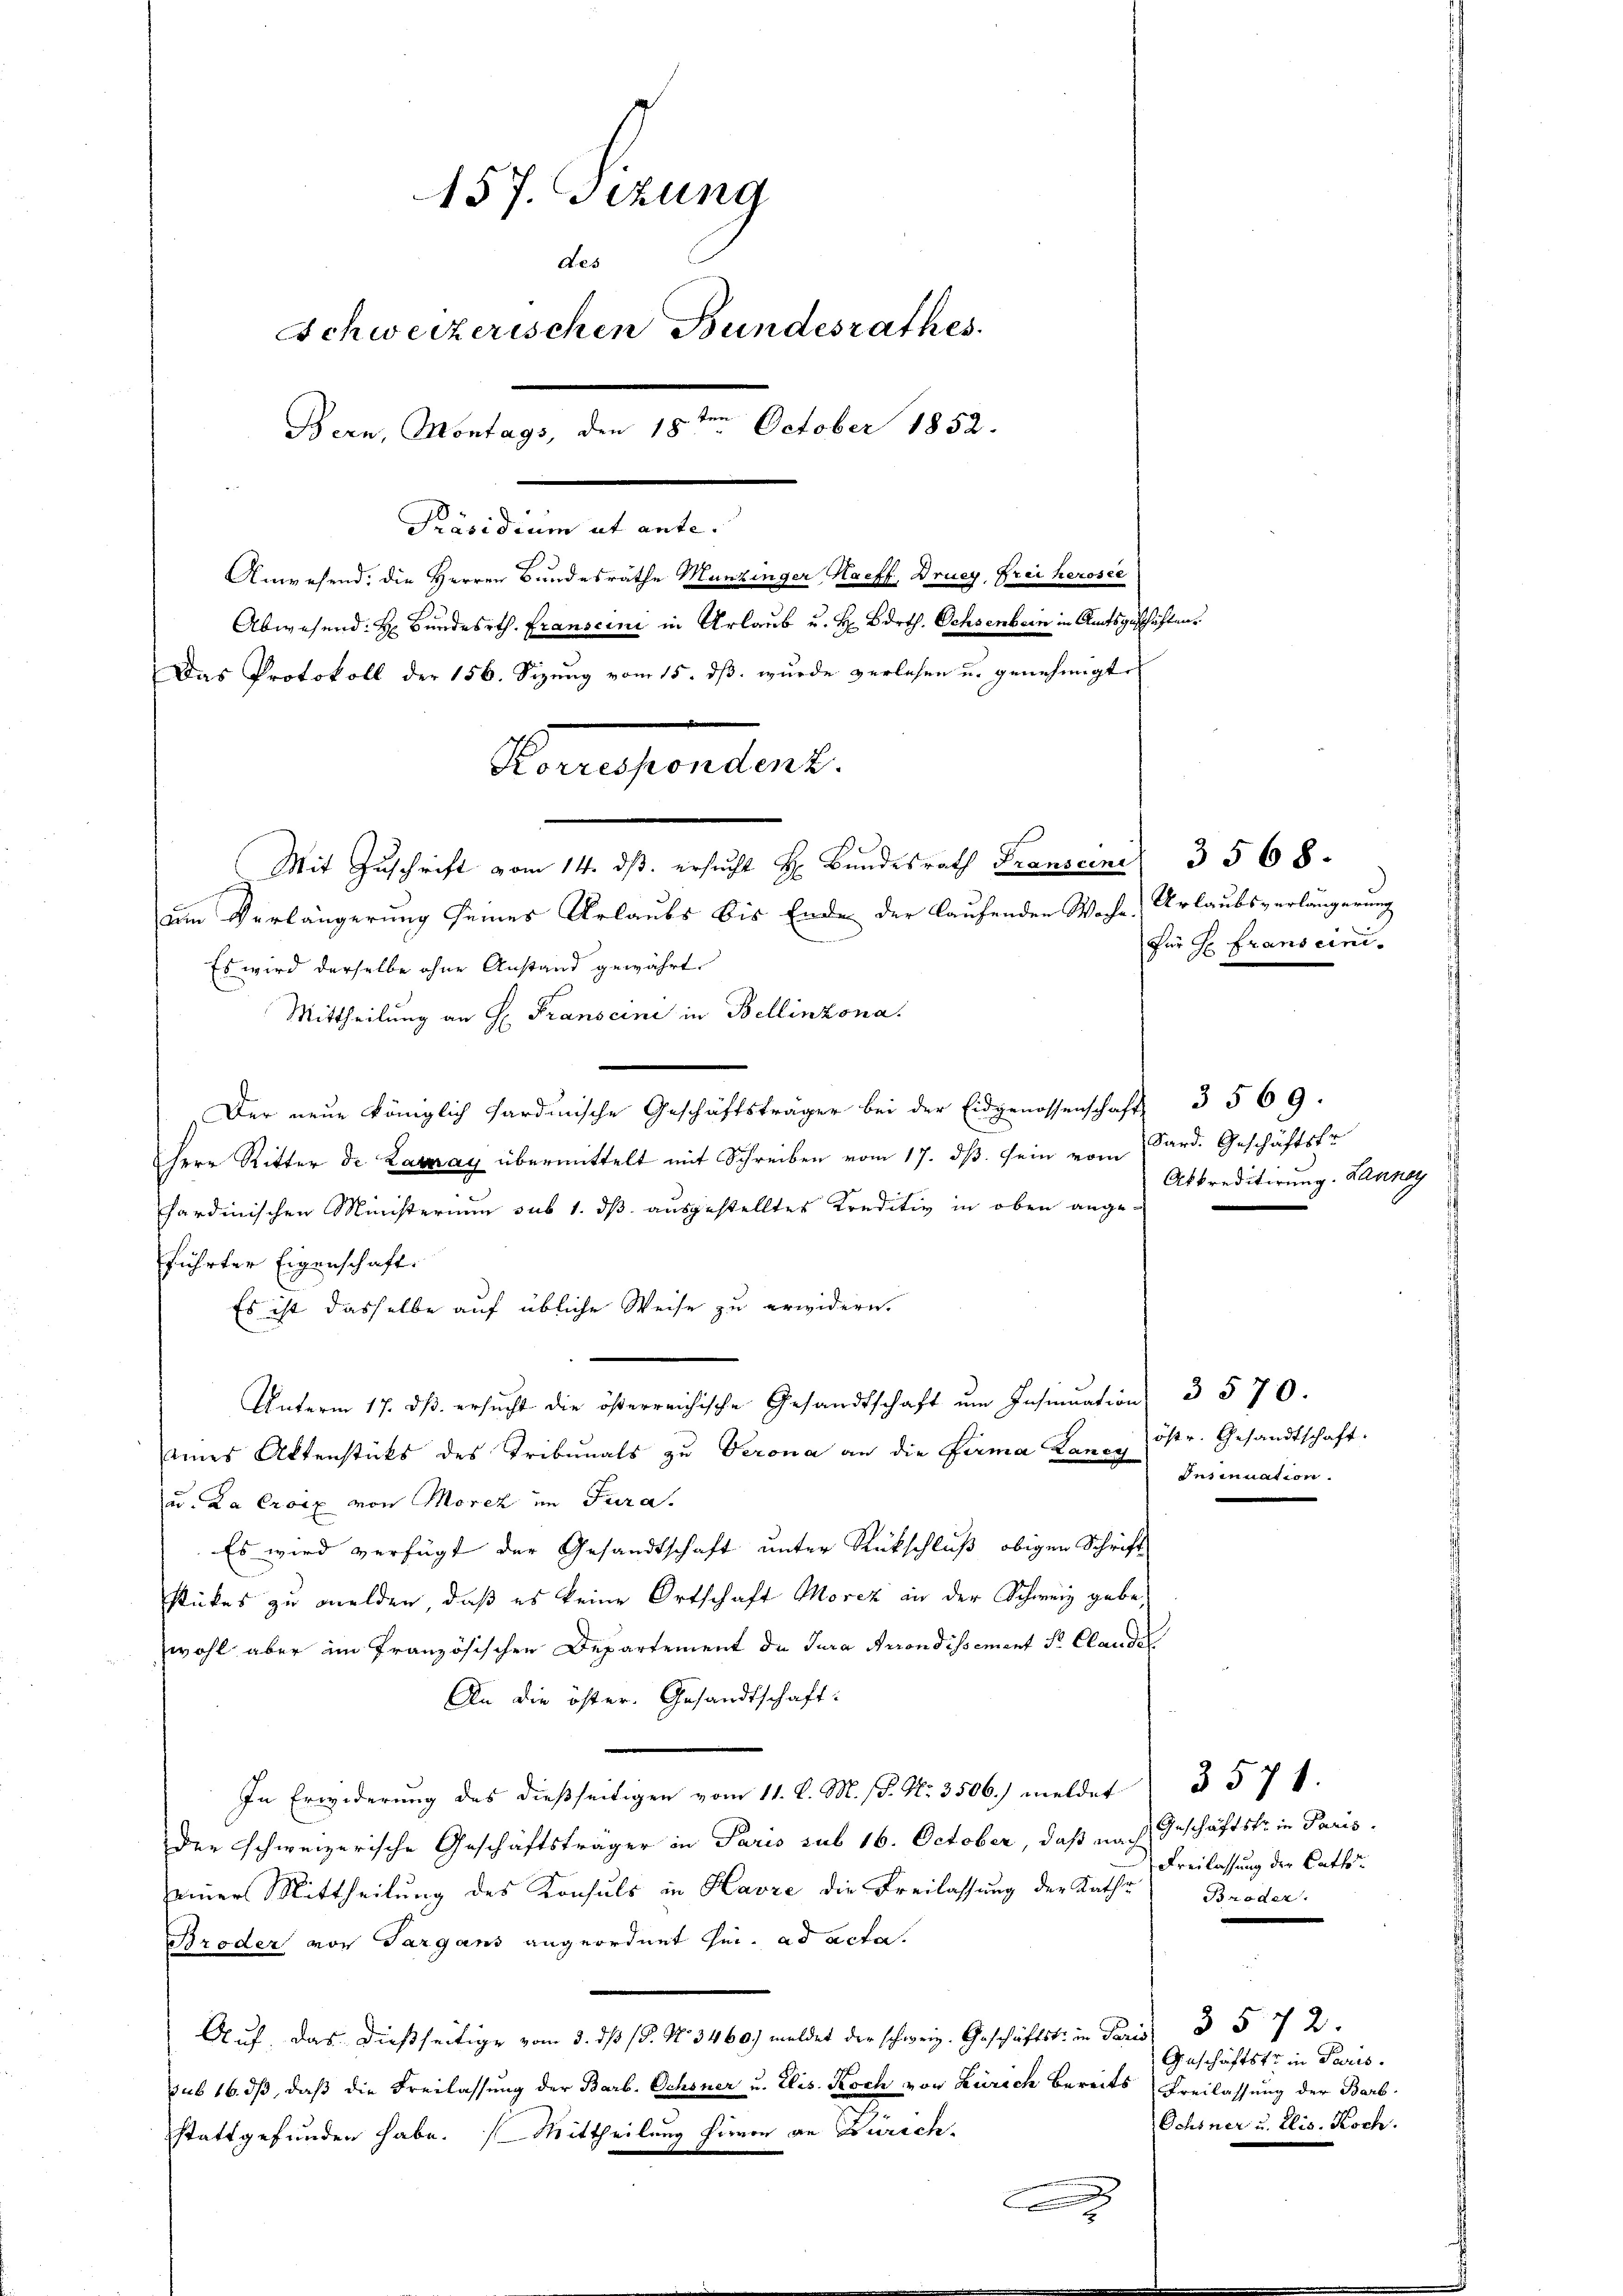
157. Sitzung
des
Schweizerischen Bundesrathes.
Bern, Montags, den 18te͇n October 1852.
Präsidium ut ante.
Anwesend, die Herren Bundesrathe Munzinger Haeff, Druey, Frei herosee
Abwesend: H. Bundesrth. Franscini in Urlaub u. H. Barth. Ochsenbern in Amtsgeschäften.
Das Protokoll der 156. Sizung vom 15. ds. wurde verlesen u. genehmigte

Konsendent.
Mit Zuschrift vom 14. ds. ersucht H. Bundesrath Franscini 3568.
um Verlängerung seines Urlaubs bis Ende der laufenden Woche Urlaubsverlängerung
Es wird derselbe ohne Anstand gewährt.

Mittheilung an H: Franscini in Bellinzona.
Der neŭe königlich hardinische Geschäftsträger bei der Eidgenossenschaft 3 569.
Herr Ritter de Lazay übermittelt mit Schreiben vom 17. ds. sein vom Sard. Geschäftsfr.
sardinischen Ministerium sub 1. dß ausgestelltes Kreditiv in oben ange-
führter Eigenschaft.
Es ist dasselbe auf übliche Weise zu erwidern.
Unterm 17. dβ ersŭcht die österreichische Gesandtschaft ŭm Insinuation 3 570.
eines Altenstücks des Tribunals zu Verona an die Firma Kanos östr. Gesandtschaft.
u. La Croix von Morez im Jura.
Es wird verfügt der Gesandtschaft unter Rückschluß obigen Schrift
stückes zu melden, daß es keine Ortschaft Morcz in der Schweiz gebe,
wohl aber im französischen Departement de Jura Arrondissement Sr. Claude
An die öster. Gesandtschaft:
In Erwiderung des dießseitigen vom 11. d. M. P. Nr. 3506.) meldet § 571.
der schweizerische Geschäftsträger in Paris sub 16. October, daß nach Geschäftsfr. in Pariseiner Mittheilung des Konsuls in Havre die Freilassung der Kathe
Broder von Sargans angeordnet hin. ad acta.
Auf, das dießseitige vom 5. ds 1. No 3460/ meldet der schweiz. Geschäftst in Paris 3 § 72.
sub 16. dβ, daß die Freilassung der Barb. Ochsner u. Elis. Koch von Zürich bereits Freilassung der Barb
stattgefunden habe. Mittheilung hirvon an Zürich-
2

Für de Fransein.

Abkreditirung. Danny

Insinuation.

Freilassung der Cathe
Bröder.

Geschäftstr in Paris.
Ochsner u. Elis. Koch.